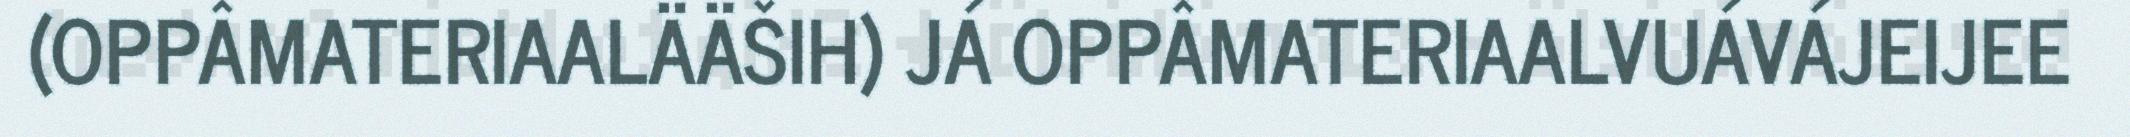
(OPPÂMATERIAALÄÄŠIH) JÁ OPPÂMATERIAALVUÁVÁJEIJEE